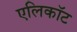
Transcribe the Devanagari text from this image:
एलिकॉट